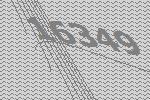
16349